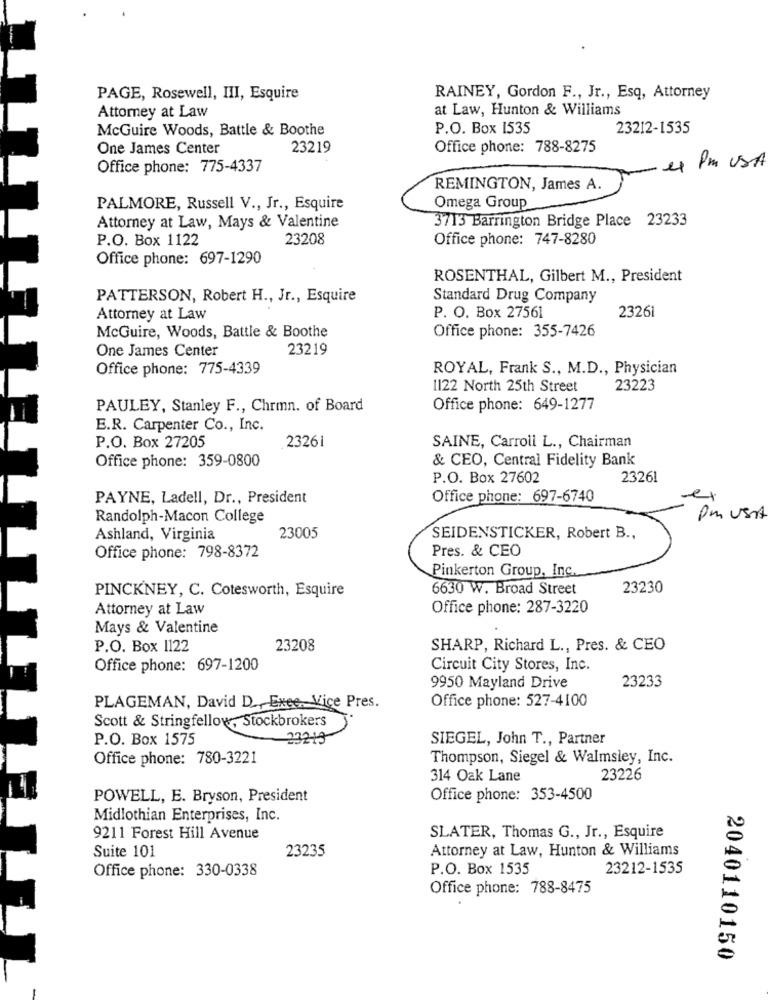
PAGE, Rosewell, III, Esquire
RAINEY, Gordon F ., Jr ., Esq, Attorney
Attorney at Law
at Law, Hunton & Williams
McGuire Woods, Battle & Boothe
P.O. Box 1535
23212-1535
One James Center
23219
Office phone: 788-8275
1 Pm USA
Office phone: 775-4337
REMINGTON, James A.
PALMORE, Russell V ., Jr ., Esquire
Omega Group
Attorney at Law, Mays & Valentine
3713 Barrington Bridge Place 23233
P.O. Box 1122
23208
Office phone: 747-8280
Office phone: 697-1290
ROSENTHAL, Gilbert M ., President
PATTERSON, Robert H ., Jr ., Esquire
Standard Drug Company
2326
Attorney at Law
P. O. Box 27561
McGuire, Woods, Battle & Boothe
Office phone: 355-7426
One James Center
23219
Office phone: 775-4339
ROYAL, Frank S ., M.D ., Physician
1122 North 25th Street
23223
PAULEY, Stanley F ., Chrmn. of Board
Office phone: 649-1277
E.R. Carpenter Co ., Inc.
P.O. Box 27205
23261
SAINE, Carroll L ., Chairman
Office phone: 359-0800
& CEO, Central Fidelity Bank
P.O. Box 27602
23261
PAYNE, Ladell, Dr ., President
Office phone: 697-6740
Randolph-Macon College
pm UsAt
Ashland, Virginia
23005
SEIDENSTICKER, Robert B .,
Office phone: 798-8372
Pres. & CEO
Pinkerton Group, Inc.
PINCKNEY, C. Cotesworth, Esquire
6630 W. Broad Street
23230
Attorney at Law
Office phone: 287-3220
Mays & Valentine
P.O. Box 1122
23208
SHARP, Richard L ., Pres. & CEO
Office phone: 697-1200
Circuit City Stores, Inc.
23233
9950 Mayland Drive
PLAGEMAN, David D_ Exec, Vice Pres.
Office phone: 527-4100
Scott & Stringfellow, Stockbrokers
P.O. Box 1575
232-13
SIEGEL, John T ., Partner
Office phone: 780-3221
Thompson, Siegel & Walmsley, Inc.
314 Oak Lane
23226
POWELL, E. Bryson, President
Office phone: 353-4500
Midlothian Enterprises, Inc.
9211 Forest Hill Avenue
SLATER, Thomas G ., Jr ., Esquire
23235
Attorney at Law, Hunton & Williams
Suite 101
Office phone: 330-0338
P.O. Box 1535
23212-1535
Office phone: 788-8475
2040110150